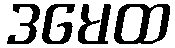
ဒမေထ